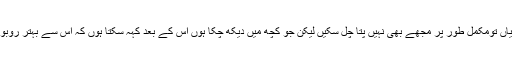
اس کی کئی خوبیاں تومکمل طور پر مجھے بھی نہیں پتا چل سکیں لیکن جو کچھ میں دیکھ چکا ہوں اس کے بعد کہہ سکتا ہوں کہ اس سے بہتر روبوٹ نہیں بن سکتا۔